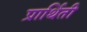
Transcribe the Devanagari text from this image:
प्रार्थिती